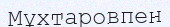
Мұхтаровпен